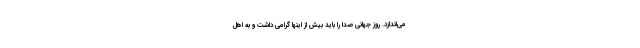
می‌اندازد. روز جهانی صدا را باید بیش از اینها گرامی داشت و به اهل